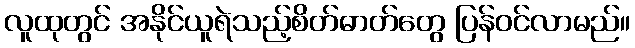
လူထုတွင် အနိုင်ယူရဲသည့်စိတ်ဓာတ်တွေ ပြန်ဝင်လာမည်။